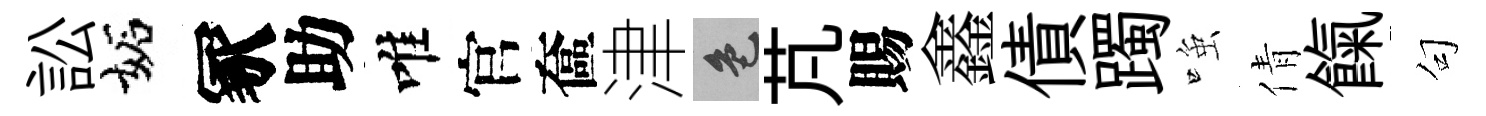
訟妬冢助唯官奩津色芃賜鑫債躅𫪻倩餼句